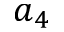
a _ { 4 }